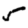
Digit: 5